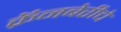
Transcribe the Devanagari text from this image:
क्रॅनबेरीचे